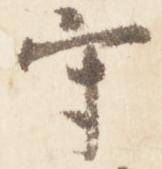
守